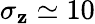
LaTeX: \sigma_{\mathbf{z}}\simeq10